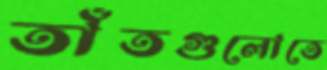
তাঁতগুলোতে